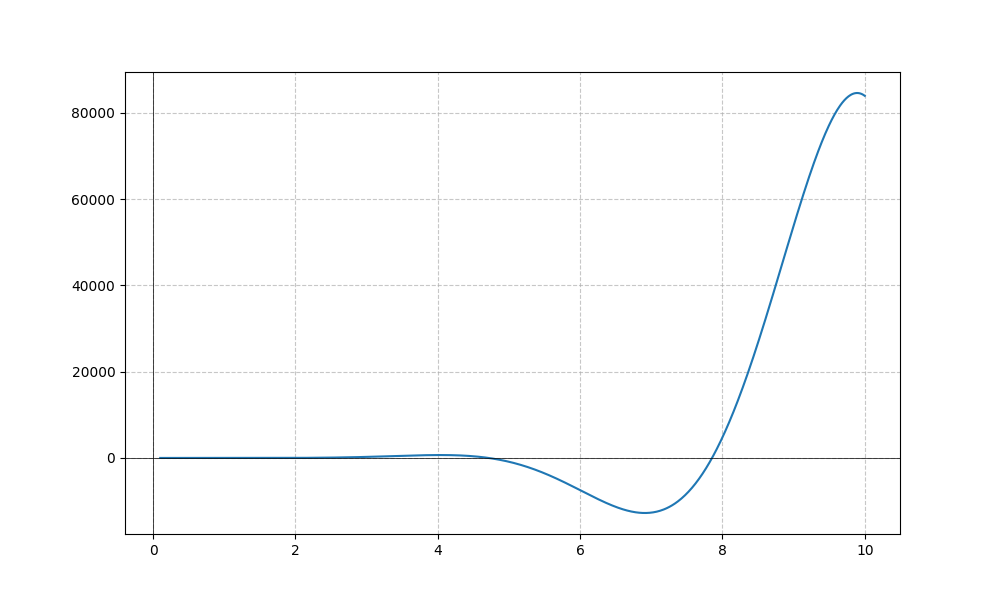
LaTeX formula: - x^{5} \cos{\left(x \right)}